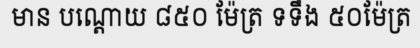
មាន បណ្តោយ ៨៥០ ម៉ែត្រ ទទឹង ៥០ម៉ែត្រ